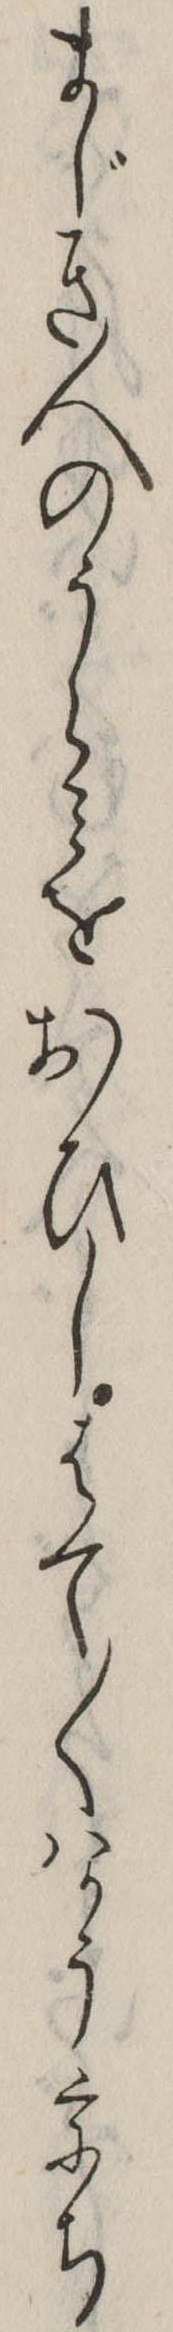
まじき人のうらみをおひしはて〱はかううち